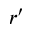
r ^ { \prime }